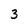
Character: 3